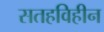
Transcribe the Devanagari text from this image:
सतहविहीन